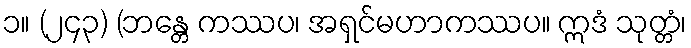
၁။ (၂၄၃) (ဘန္တေ ကဿပ၊ အရှင်မဟာကဿပ။ ဣဒံ သုတ္တံ၊